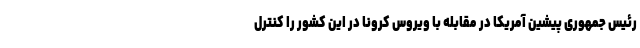
رئیس جمهوری پیشین آمریکا در مقابله با ویروس کرونا در این کشور را کنترل